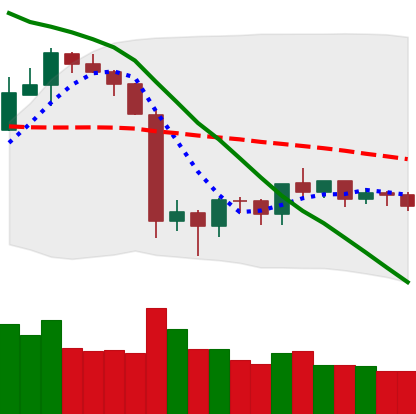
Ticker: ETH-USD
Chart end date: 2019-10-06
Forward return: 5.496%
Label: up_5_7